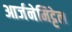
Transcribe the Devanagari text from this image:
आर्जनेमिट्टेल